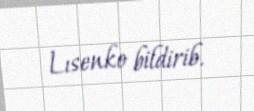
Lısenko bildirib.